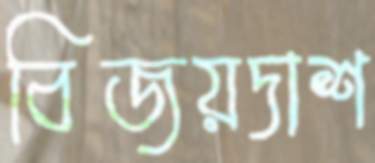
বিজয়দাশ